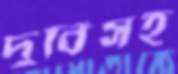
দুর্বিসহ